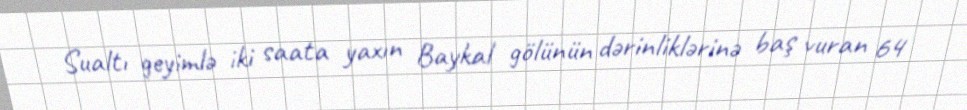
Sualtı geyimlə iki saata yaxın Baykal gölünün dərinliklərinə baş vuran 64